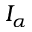
I _ { \alpha }